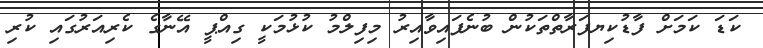
ކަޑަ ކަމަށް ފާޑުކިޔފަރާތްތަކުން ބުނެފައިވާއިރު މިފިލްމު ކުޅުމަކީ ގިއްޕީ އޭނާގެ ކެރިއަރުގައި ކުރި